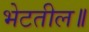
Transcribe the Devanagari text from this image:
भेटतील॥